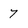
Character: 7